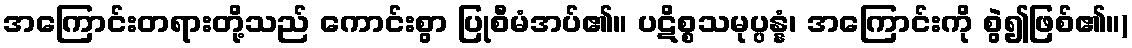
အကြောင်းတရားတို့သည် ကောင်းစွာ ပြုစီမံအပ်၏။ ပဋိစ္စသမုပ္ပန္နံ၊ အကြောင်းကို စွဲ၍ဖြစ်၏။)